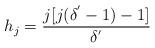
LaTeX: \begin{align*}h_{j}=\frac{j[j(\delta^{'}-1)-1]}{\delta^{'}} \end{align*}